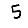
Digit: 5